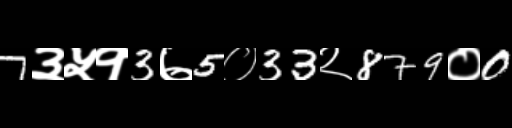
Text: 7३५१3७5०33२879०0